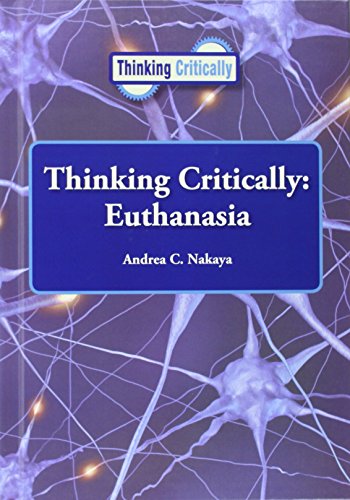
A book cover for Euthanasia (Thinking Critically (Reference Point)); Andrea C. Nakaya; Teen & Young Adult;